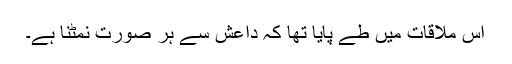
اس ملاقات میں طے پایا تھا کہ داعش سے ہر صورت نمٹنا ہے۔